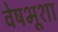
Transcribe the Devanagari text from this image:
वेषभूशा